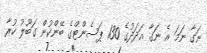
ނަގާ ނަމަ އެ ނަގާ އަދަދުގެ 130 ޕަސެންޓްގެ ބޭންކުން ގަބޫލު ކުރާ